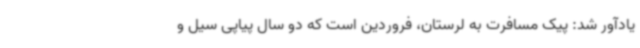
یادآور شد: پیک مسافرت به لرستان، فروردین است که دو سال پیاپی سیل و